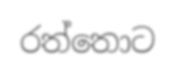
රත්තොට